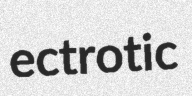
ectrotic